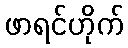
ဖာရင်ဟိုက်